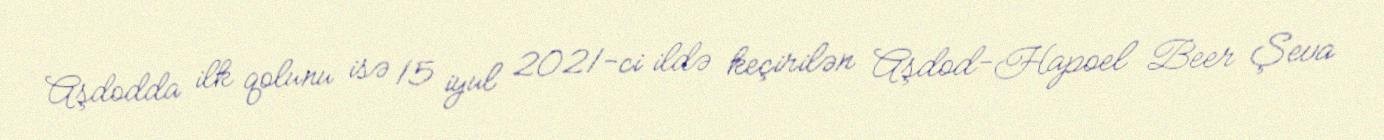
Aşdodda ilk qolunu isə 15 iyul 2021-ci ildə keçirilən Aşdod-Hapoel Beer Şeva